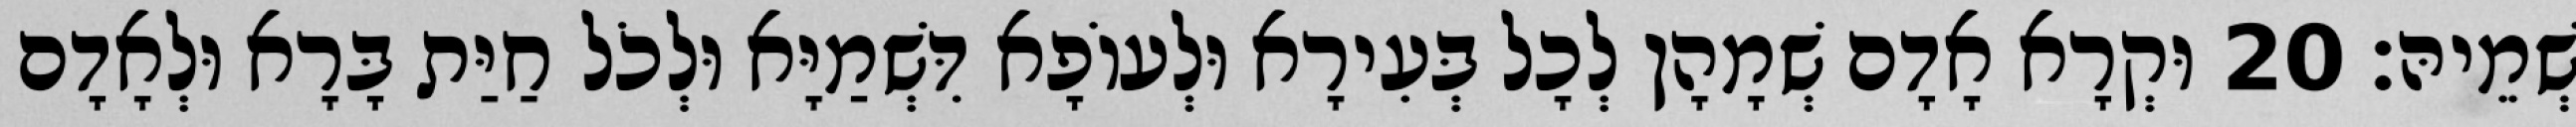
שְׁמֵיהּ׃ 20 וּקְרָא אָדָם שְׁמָהָן לְכָל בְּעִירָא וּלְעוֹפָא דִּשְׁמַיָּא וּלְכֹל חַיַּת בָּרָא וּלְאָדָם